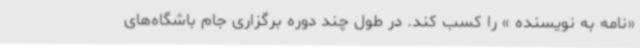
«نامه به نویسنده » را کسب کند. در طول چند دوره برگزاری جام باشگاه‌های